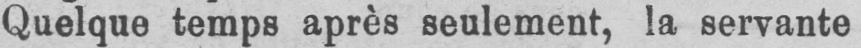
Quelque temps après seulement, la servante